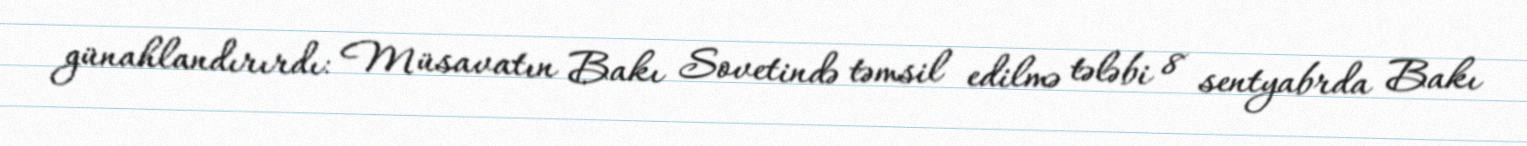
günahlandırırdı: Müsavatın Bakı Sovetində təmsil edilmə tələbi 8 sentyabrda Bakı